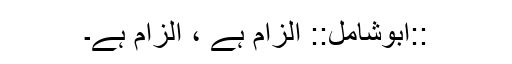
::ابوشامل:: الزام ہے ، الزام ہے۔